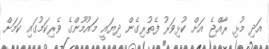
އަދި މުޅި ރާއްޖެ އަށް ކުޅިވަރު ފެތުރިގެން ދިޔައީ މައުމޫންގެ ވެރިކަމުގައި ކަމަށް